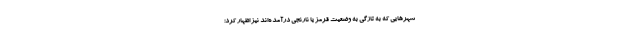
شهرهایی که به تازگی به وضعیت قرمز یا نارنجی درآمده‌اند نیز اظهار کرد: